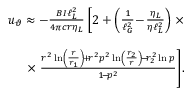
\begin{array} { r l r } & { } & { \! \! \! \! u _ { \vartheta } \approx - \frac { B I \ell _ { L } ^ { 2 } } { 4 \pi c r \eta _ { L } } \left[ 2 + \left( \frac { 1 } { \ell _ { G } ^ { 2 } } \! - \! \frac { \eta _ { L } } { \eta \ell _ { L } ^ { 2 } } \right) \right. \times } \\ & { } & \\ & { } & { \qquad \qquad \qquad \quad \times \left. \frac { r ^ { 2 } \ln \left( \frac { r } { r _ { 1 } } \right) \! + \! r ^ { 2 } p ^ { 2 } \ln \left( \frac { r _ { 2 } } { r } \right) \! - \! r _ { 2 } ^ { 2 } \ln p } { 1 \! - \! p ^ { 2 } } \right] \! . } \end{array}